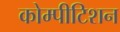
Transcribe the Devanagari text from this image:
कोम्पीटिशन